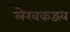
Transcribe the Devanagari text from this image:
लेखकद्वय